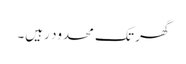
گھر تک محدود رہیں۔